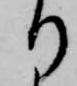
り